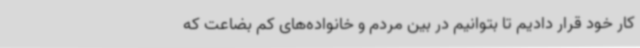
کار خود قرار دادیم تا بتوانیم در بین مردم و خانواده‌های کم بضاعت که